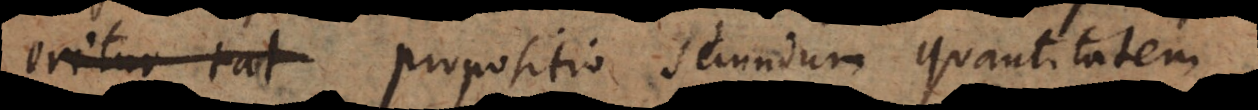
aliquo modo propositio secundum quantitatem